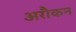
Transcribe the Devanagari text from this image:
अरौकन